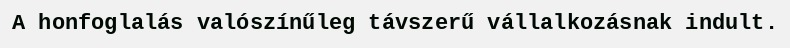
A honfoglalás valószínűleg távszerű vállalkozásnak indult.